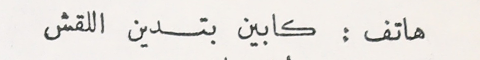
هاتف : كابين بتدين اللقش